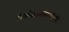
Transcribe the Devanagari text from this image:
त्रिलोकजननित्वद्वारिपूरोदरे